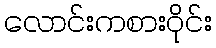
လောင်းကစားဝိုင်း